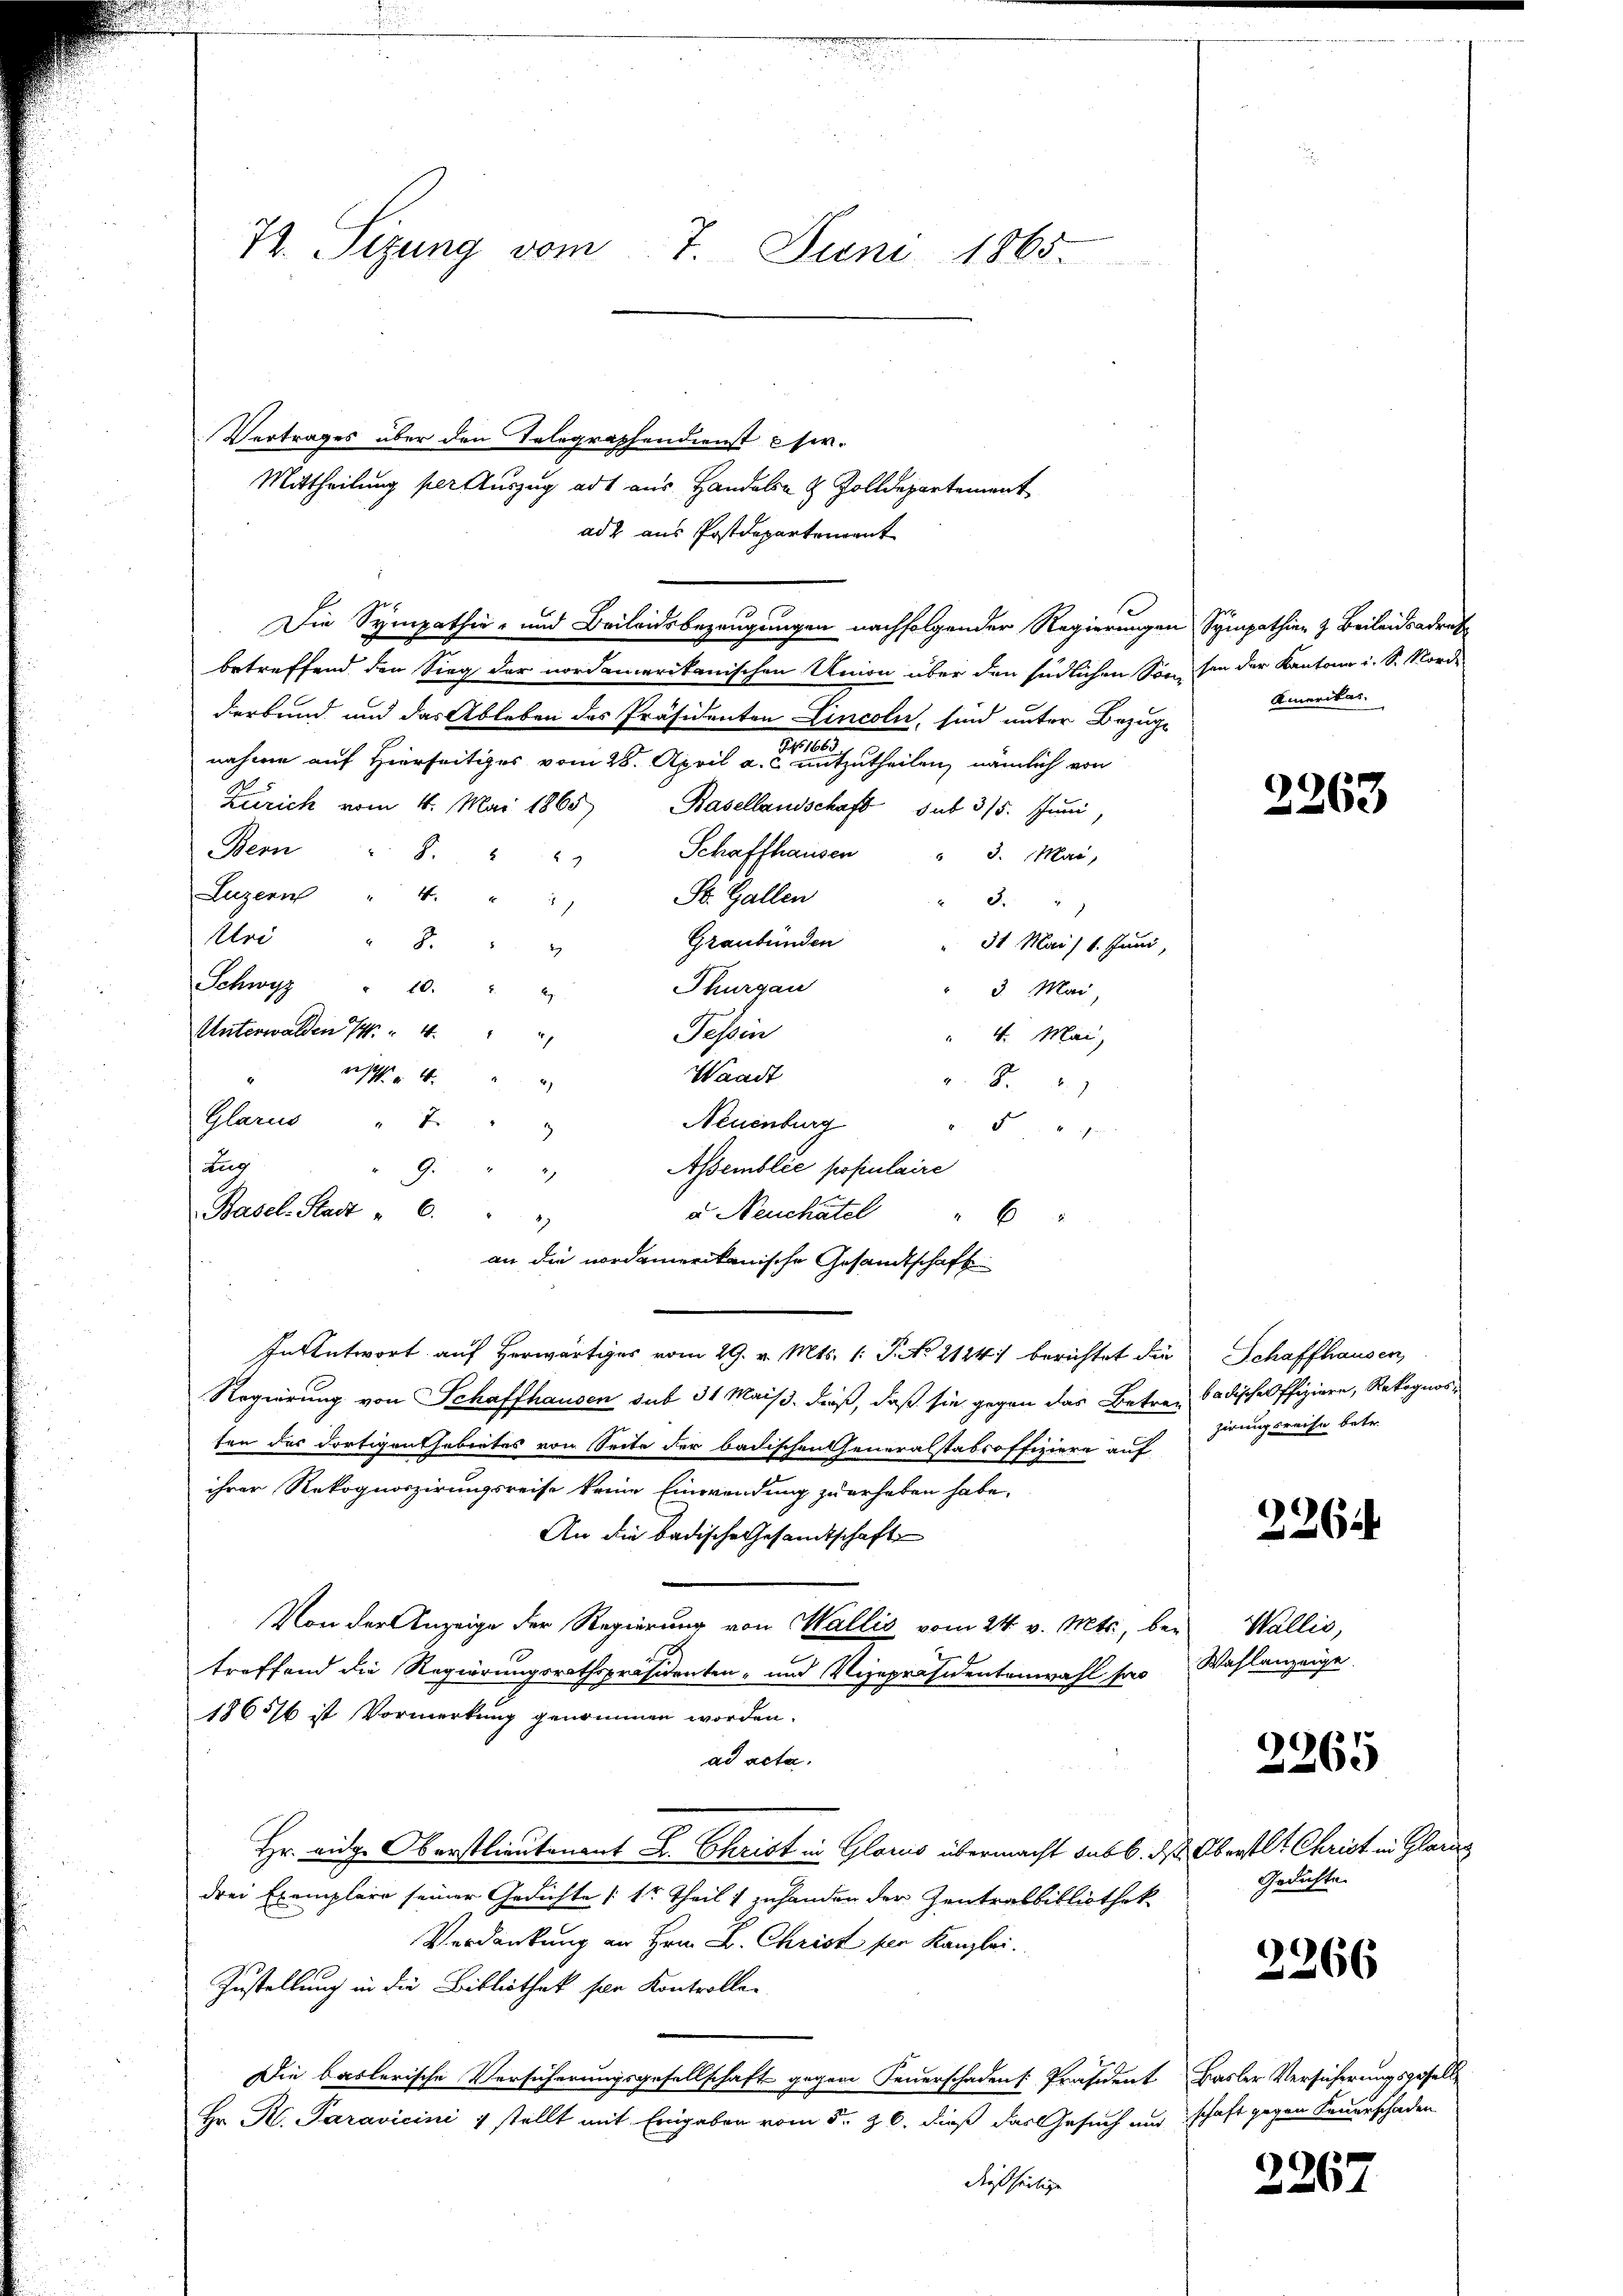
72. Sizung vom 7. Juni 1865.

Vertrages über den Telegraphendienst Cir¬
Mittheilung per Auszug ad aus Handeln & Zolldepartement
adt aus Postdepartement
Die Sympathier- und Beileidsbezeugungen nachfolgender Regierungen Sympathien & Beileidsadret
betreffend den Sieg der nordamerikanischen Union über den südlichen Son sie der Kantone i. S. Norde
derband und das Ableben des Präsidenten Cincoln, sind unter Bezuge
Jahr 186
nahme auf Hierseitiges vom 28. April a. c. mitzutheilen, nämlich von
Zürich vom 4. Mai 1865) Basellandschaft sub 315. Juni,
Bern 8.
Schaffhausen " 3. Mai,
g
Luzern " 4. " "
St. Gallen
" 8.
Urd
8.
Graubünden " 31 Mai. 1. Juni,
Schwyz " 10.
Thurgau
3. Mai
Unterwalden 14 " 4
Tessin
" 4. Mai,
Waadt
4
6
 S. 2
Glarus " 7
Neuenburg
5
Assemblée populaire
9.
Basel-Stadt " 6. " "
v Neuchâtel "
an die nordamerikanische Gesandtschaft
In Antwort auf herwärtiges vom 29. v. Mts. (: Sto 2124) berichtet die Schaffhausen,
Regierung von Schaffhausen sub 31 Mais. Faß, daß sie gegen das Betrei badischeffiziere, Rekognosten der dortigen Gebietes von Seite der badischen Generalstabsoffiziere auf zu zweife betr.
ihrer Rekognoszirungsreise keine Einwendung zu erheben habe.
An die badische Gesandtschaft
Von der Anzeige der Regierung von Wallis vom 24. v. Mts., betreffend die Regierungsrathspräsidenten- und Vizepräsidentenwahl ser Wahlanzeige
1865/6 ist Vormerkung genommen worden.
ad acta.
Hr. eidge Oberstlieutenant L. Christ in Glarus übermacht sub b. das Oberstlt Christ in Glarus
drei Exemplare seiner Gedichte (1r Theils zuhanden der Zentralbibliothek
Verdankung an Hrn. B. Christ ser Kanzlei.
Zustellung in die Bibliothek von Kontrollen
Die baslerische Versicherungsgesellschaft gegen Feuerschaden [Präsident Basler Versicherungsgesell¬
Hr. R. Paravicini & stellt mit Eingaben vom 5. & 6. dieß das Gesuch und schaft gegen Feuerschaden
dießseitige

Zug

Amerikas

2263

226

Wallis,

2265

Gedichte

2266

2267